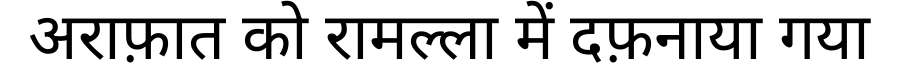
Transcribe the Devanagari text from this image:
अराफ़ात को रामल्ला में दफ़नाया गया